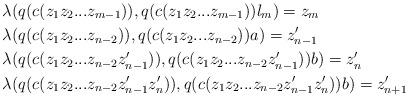
LaTeX: \begin{align*}&\lambda(q(c(z_1z_2...z_{m-1})), q(c(z_1z_2...z_{m-1}))l_m) = z_m \\&\lambda(q(c(z_1z_2...z_{n-2})), q(c(z_1z_2...z_{n-2}))a) = z_{n-1}' \\&\lambda(q(c(z_1z_2...z_{n-2}z_{n-1}' )), q(c(z_1z_2...z_{n-2}z_{n-1}' ))b)= z_n' \\&\lambda(q(c(z_1z_2...z_{n-2}z_{n-1}'z_n' )), q(c(z_1z_2...z_{n-2}z_{n-1}'z_n' ))b)= z_{n+1}'\end{align*}